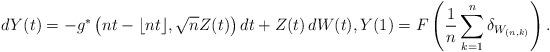
LaTeX: \begin{align*}dY(t) = -{g^*\left( nt - \lfloor nt \rfloor , \sqrt{n}Z(t)\right) } \,dt + Z(t)\,dW(t), Y(1)=F\left(\frac{1}{n}\sum_{k=1}^n\delta_{W_{(n,k)}}\right ). \end{align*}